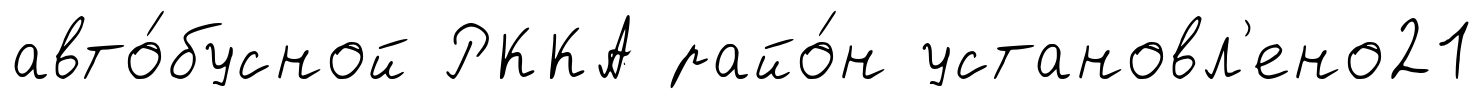
авто́бусной РККА райо́н установл'ено21